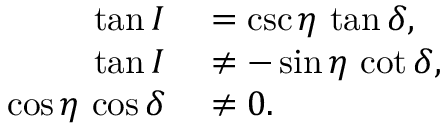
\begin{array} { r l } { \tan I } & { { } = \csc \eta \, \tan \delta , } \\ { \tan I } & { { } \neq - \sin \eta \, \cot \delta , } \\ { \cos \eta \, \cos \delta } & { { } \neq 0 . } \end{array}